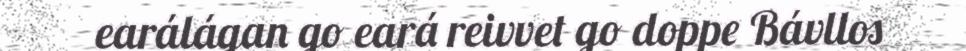
earálágan go eará reivvet go doppe Bávllos